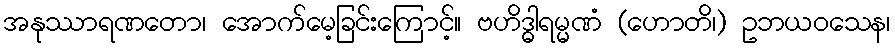
အနုဿာရဏတော၊ အောက်မေ့ခြင်းကြောင့်။ ဗဟိဒ္ဓါရမ္မဏံ (ဟောတိ၊) ဥဘယဝသေန၊